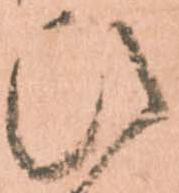
ひ